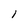
Character: 1